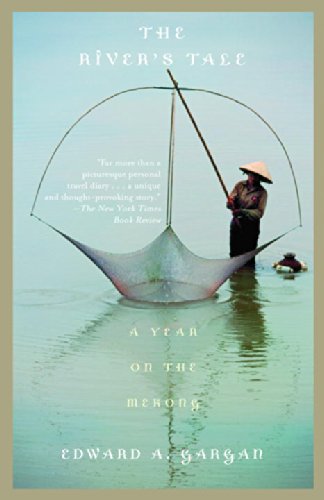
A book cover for The River's Tale: A Year on the Mekong; Edward Gargan; Travel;